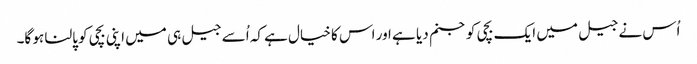
اُس نے جیل میں ایک بچی کو جنم دیا ہے اور اس کا خیال ہے کہ اُسے جیل ہی میں اپنی بچی کو پالنا ہو گا۔